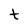
Character: t